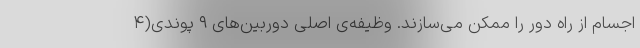
اجسام از راه دور را ممکن می‌سازند. وظیفه‌ی اصلی دوربین‌های ۹ پوندی(۴